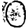
Digit: 0